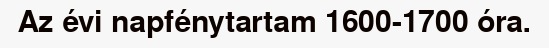
Az évi napfénytartam 1600-1700 óra.